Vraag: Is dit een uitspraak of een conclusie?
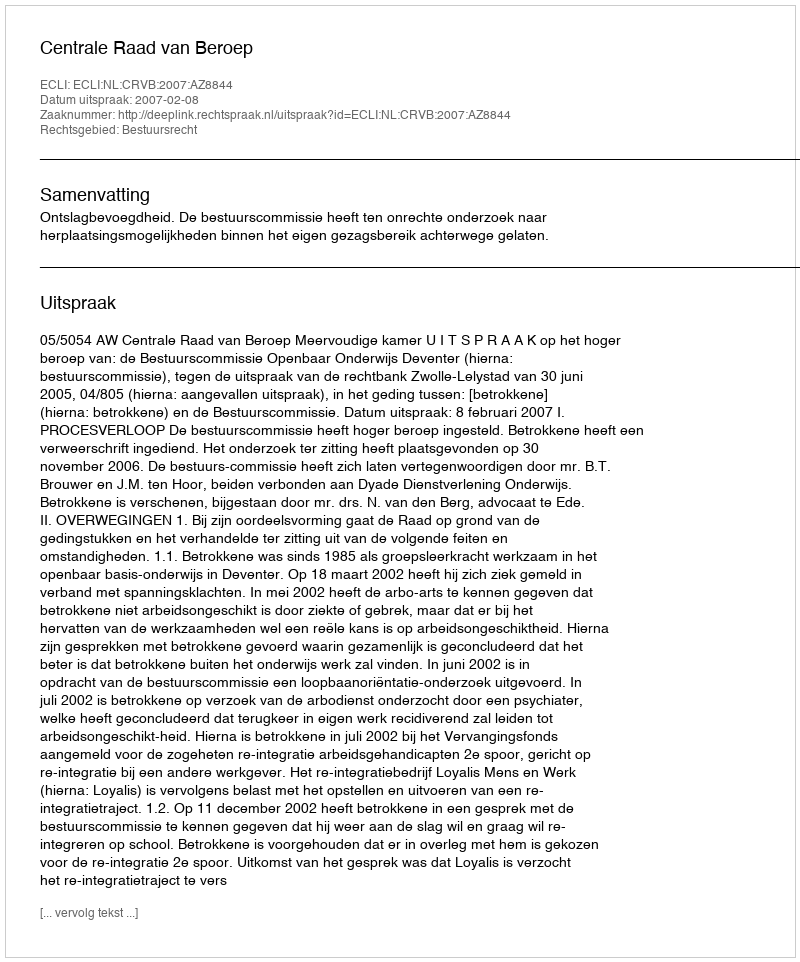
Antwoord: Uitspraak